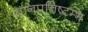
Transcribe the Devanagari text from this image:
तानप्रतिष्टम्भ